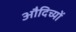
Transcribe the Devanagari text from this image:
औदिच्यों